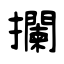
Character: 攔